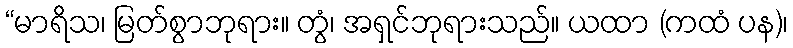
“မာရိသ၊ မြတ်စွာဘုရား။ တွံ၊ အရှင်ဘုရားသည်။ ယထာ (ကထံ ပန)၊